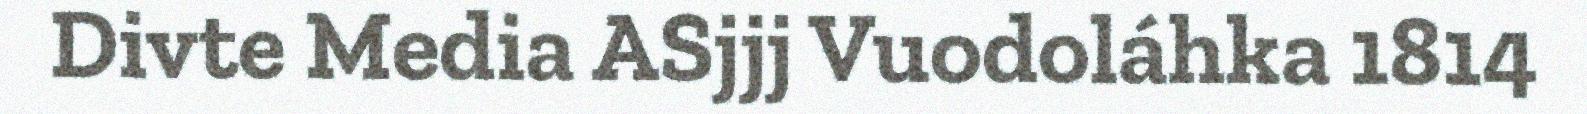
Divte Media ASjjj Vuodoláhka 1814